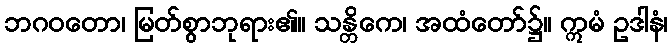
ဘဂဝတော၊ မြတ်စွာဘုရား၏။ သန္တိကေ၊ အထံတော်၌။ ဣမံ ဥဒါနံ၊